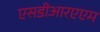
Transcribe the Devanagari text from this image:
एसडीआरएएम